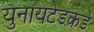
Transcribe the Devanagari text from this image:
युनायटेडकडे